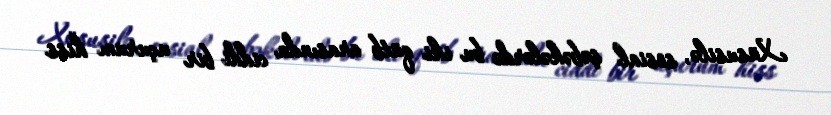
Xüsusilə, sosial şəbəkələrdə bu iki qütb arasında ciddi bir uçurum hiss